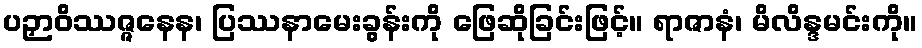
ပဉှာဝိဿဇ္ဇနေန၊ ပြဿနာမေးခွန်းကို ဖြေဆိုခြင်းဖြင့်။ ရာဇာနံ၊ မိလိန္ဒမင်းကို။